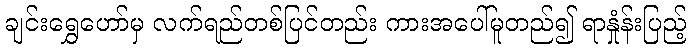
ချင်းရွှေဟော်မှ လက်ရည်တစ်ပြင်တည်း ကားအပေါ်မူတည်၍ ရာနှုံန်းပြည့်